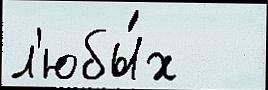
л'юбы́х